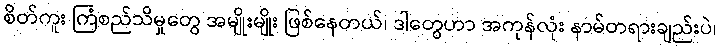
စိတ်ကူး ကြံစည်သိမှုတွေ အမျိုးမျိုး ဖြစ်နေတယ်၊ ဒါတွေဟာ အကုန်လုံး နာမ်တရားချည်းပဲ၊